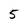
Character: 5